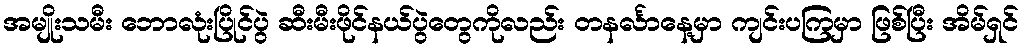
အမျိုးသမီး ဘောလုံးပြိုင်ပွဲ ဆီးမီးဖိုင်နယ်ပွဲတွေကိုလည်း တနင်္လာနေ့မှာ ကျင်းပကြမှာ ဖြစ်ပြီး အိမ်ရှင်